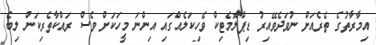
އިމާރާތުގެ ތެރެއަށް ނުވަދެވޭއިރު ޑިޕްލޮމެޓިކް ވެހިކަލެއްގައި އިންނަ މީހަކަށް ވެސް ރައްކާތެރިކަން ލިބެ